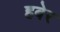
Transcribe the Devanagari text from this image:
हबेर